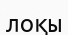
лоқы